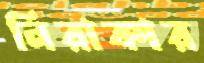
নিরাকার